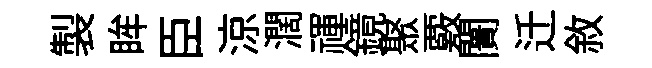
製眸臣涼濶禈鏡聚覈闠迁敘